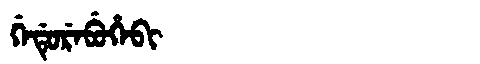
Manchu: ᡤᡝᡩᡠᡵᡝᠪᡠᡥᡝᠪᡳ
Romanization: GEDUREBUHEBI